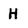
Character: H